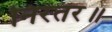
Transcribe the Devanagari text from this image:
निरंतर॥